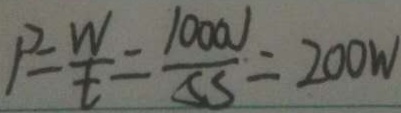
P = \frac { W } { t } = \frac { 1 0 0 0 v } { \Delta S } = 2 0 0 W